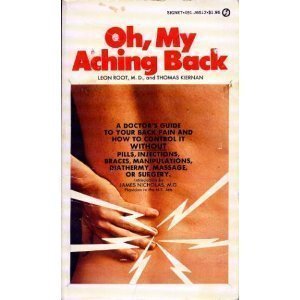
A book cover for Oh My Aching Back (Signet); Leon Root; Health, Fitness & Dieting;